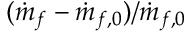
( \dot { m } _ { f } - \dot { m } _ { f , 0 } ) / \dot { m } _ { f , 0 }